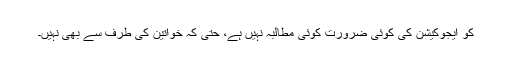
کو ایجوکیشن کی کوئی ضرورت کوئی مطالبہ نہیں ہے، حتٰی کہ خواتین کی طرف سے بھی نہیں۔